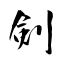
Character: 剣